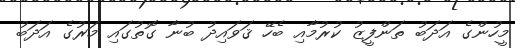
މީހުންގެ އަދަބު ތަންފީޒު ކުރުމާއި ބެހޭ ޤަވައިދު ބުނާ ގޮތުގައި މަރުގެ އަދަބު